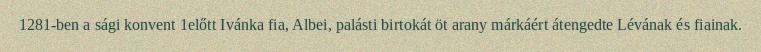
1281-ben a sági konvent 1előtt Ivánka fia, Albei, palásti birtokát öt arany márkáért átengedte Lévának és fiainak.